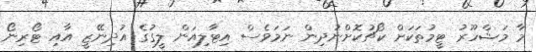
މާ މަޝްހޫރު ޓީމުތަކަށް ކޯޗުކޮށްނުދިން ނަމަވެސް އިޓާލިއަން ލީގުގެ އުދިނޭޒީ އާއި ޓޯރިނޯ